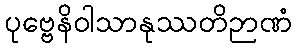
ပုဗ္ဗေနိဝါသာနုဿတိဉာဏံ